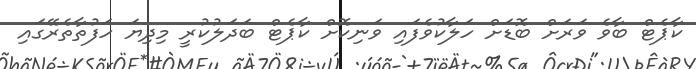
ކާޕެޓް ބާވެ ވަރަށް ބޮޑަށް ހަލާކުވެފައި ވަނިކޮށް ކާޕެޓް ބަދަލުކުރީ މިދިޔަ ހަފުތާތެރޭގައި